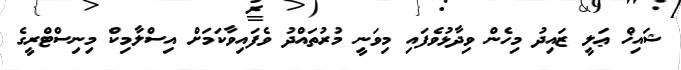
ޝައިޚް ޢަލީ ޒައިދު މިހެން ވިދާޅުވެފައި މިވަނީ މުރުތައްދު ވެފައިވާކަމަށް އިސްލާމިކް މިނިސްޓްރީގެ